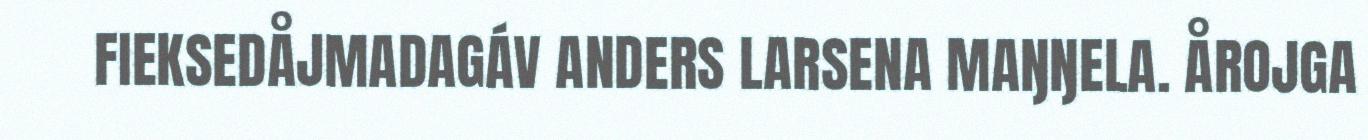
FIEKSEDÅJMADAGÁV ANDERS LARSENA MAŊŊELA. ÅROJGA